Report on enteric fever
Disease focus: Fever
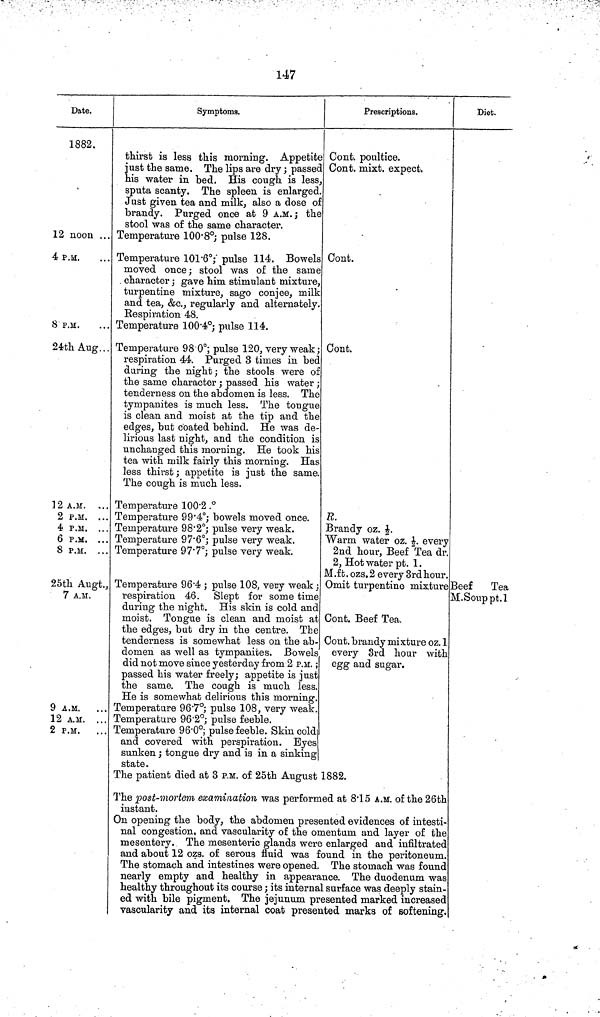
147
Date.
1882.
12 noon ...
4 P.M.
8 P.M.
24th Aug . .
12 A.M. ...
2 P.M. ...
4 P.M. ...
6 P.M. ...
8 P.M. ...
25th Augt.,
7 A.M.
9 A.M.
12 A.M. ...
2 P.M.
Symptoms.
thirst is less this morning. Appetite
just the same. The lips are dry ; passed
his water in bed. His cough is less.
sputa scanty. The spleen is enlarged.
Just given tea and milk, also a dose of
brandy. Purged once at 9 A.M. ; the
stool was of the same character.
Temperature 100 8°; pulse 128.
Temperature 101 6°; pulse 114. Bowels
moved once; stool was of the same
character ; gave him stimulant mixture,
turpentine mixture, sago conjee, milk
and tea, &c., regularly and alternately.
Respiration 48.
Temperature 100 4°; pulse 114.
Temperature 98 0°; pulse 120, very weak ;
respiration 44. Purged 3 times in bed
during the night; the stools were of
the same character ; passed his water ;
tenderness on the abdomen is less. The
tympanites is much less. The tongue
is clean and moist at the tip and the
edges, but coated behind. He was de-
lirious last night, and the condition is
unchanged this morning. He took his
tea with milk fairly this morning. Has
less thirst ; appetite is just the same.
The cough is much less.
Temperature 100 2.°T
emperature 99 4°; bowels moved once.
Temperature 98 2°; pulse very weak.
Temperature 97 6°; pulse very weak.
Temperature 97 7°; pulse very weak.
Temperature 96 4 ; pulse 108, very weak;
respiration 46. Slept for some time
during the night. His skin is cold and
moist. Tongue is clean and moist at
the edges, but dry in the centre. The
tenderness is somewhat less on the ab-
domen as well as tympanites. Bowels
did not move since yesterday from 2 P.M. ;
passed his water freely; appetite is just
the same. The cough is much less.
He is somewhat delirious this morning.
Temperature 96 7°; pulse 108, very weak.
Temperature 96 2°; pulse feeble.
Temperature 96 0°; pulse feeble. Skin cold
and covered with perspiration. Byes
sunken ; tongue dry and is in a sinking
state.
Prescriptions.
Cont. poultice.
Cont. mixt. expect.
Cont.
Cont.
R.
Brandy oz. ½.
Warm water oz. ½. every
2nd hour, Beef Tea dr.
2, Hot water pt. 1.
M.ft. ozs.2 every 3rd hour.
Omit turpentine mixture
Cont. Beef Tea.
Cont. brandy mixture oz. 1
every 3rd hour with
egg and sugar.
Diet.
Beef
Tea
M.Souppt.1
The patient died at 3 P.M. of 25th August 1882.
The post-mortem examination was performed at 8 15 A.M. of the 26th
instant.
On opening the body, the abdomen presented evidences of intesti-
nal congestion, and vascularity of the omentum and layer of the
mesentery. The mesenteric glands were enlarged and infiltrated
and about 12 ozs. of serous fluid was found in the peritoneum.
The stomach and intestines were opened. The stomach was found
nearly empty and healthy in appearance. The duodenum was
healthy throughout its course; its internal surface was deeply stain-
ed with bile pigment. The jejunum presented marked increased
vascularity and its internal coat presented marks of softening.